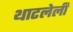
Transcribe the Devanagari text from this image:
थाटलेली